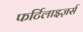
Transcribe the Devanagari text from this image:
फर्टिलाइज़र्स